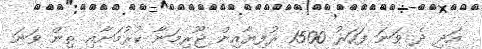
އަދި ދެ ވަނަ ފަހަރު 1500 ރުފިޔާއިން ޖޫރިމަނާ ކުރުމަށާއި ތިން ވަނަ